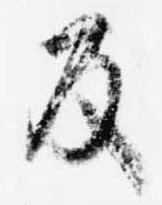
反